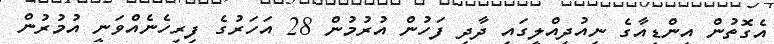
އެގޮތުން އިންޑިއާގެ ނިއުދިއްލީގައި ދާދި ފަހުން އުރުމުން 28 އަހަރުގެ ފިރިހެނެއްވަނީ އުމުރުން